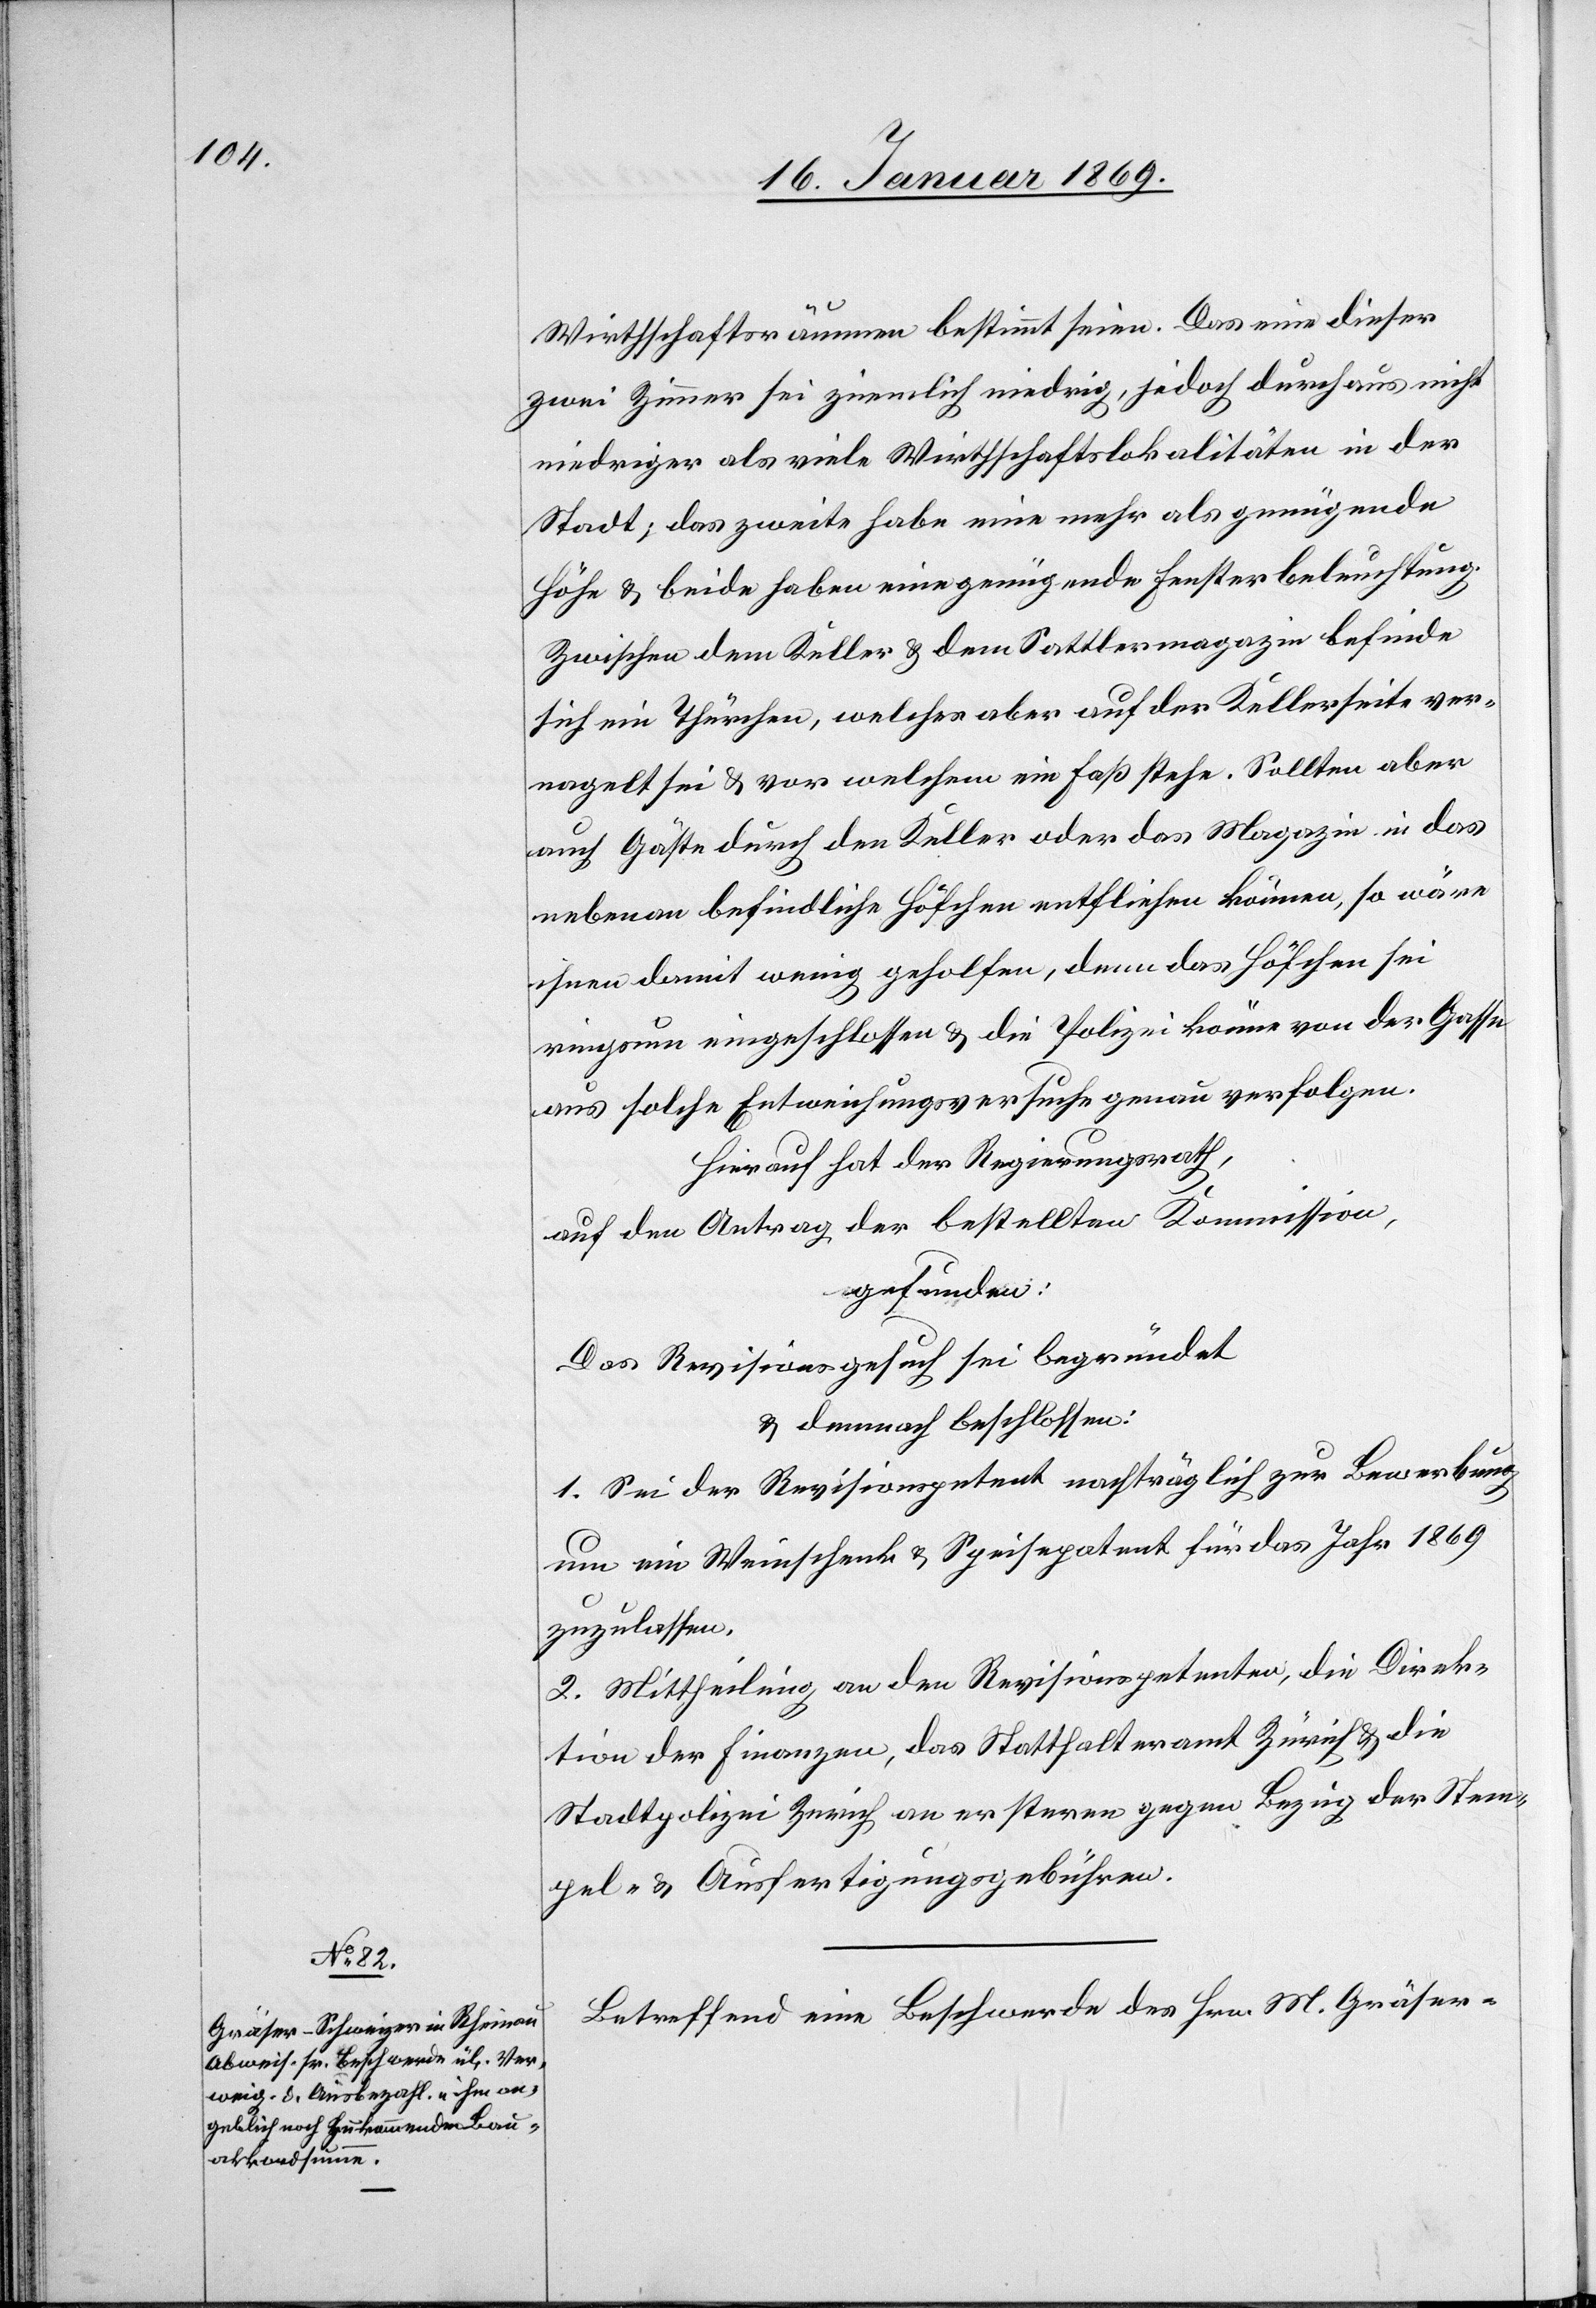
Wirthschaftsräumen bestimmt seien. Das eine dieser
zwei Zimmer sei ziemlich niedrig, jedoch durchaus nicht
niedriger als viele Wirthschaftslokalitäten in der
Stadt; das zweite habe eine mehr als genügende
Höhe u. beide haben eine genügende Fensterbeleuchtung.
Zwischen dem Keller u. dem Sattlermagazin befinde
sich ein Thürchen, welches aber auf der Kellerseite ver¬
nagelt sei u. vor welchem ein Faß stehe. Sollten aber
auch Gäste durch den Keller oder das Magazin in das
nebenan befindliche Höfchen entfliehen können, so wäre
ihnen damit wenig geholfen, denn das Höfchen sei
ringsum eingeschlossen u. die Polizei könne von der Gasse
aus solche Entweichungsversuche genau verfolgen.
Hierauf hat der Regierungsrath,
auf den Antrag der bestellten Kommission,
gefunden:
Das Revisionsgesuch sei begründet
u. demnach beschlossen:
1. Sei der Revisionspetent nachträglich zur Bewerbung
um ein Weinschenk u. Speisepatent für das Jahr 1869
zuzulassen.
2. Mittheilung an den Revisionspetenten, die Direk¬
tion der Finanzen, das Statthalteramt Zürich u. die
Stadtpolizei Zürich an ersteren gegen Bezug der Stem¬
pel- u. Ausfertigungsgebühren.
Betreffend eine Beschwerde des Hrn. M. Gräser-